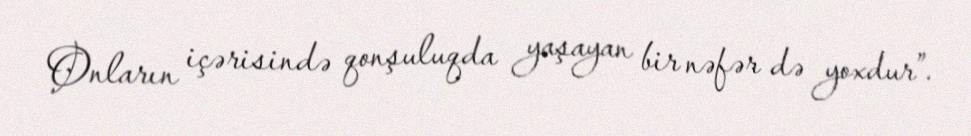
Onların içərisində qonşuluqda yaşayan bir nəfər də yoxdur”.